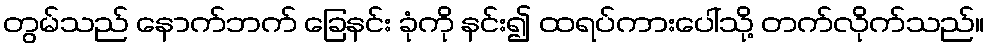
တွမ်သည် နောက်ဘက် ခြေနင်း ခုံကို နင်း၍ ထရပ်ကားပေါ်သို့ တက်လိုက်သည်။